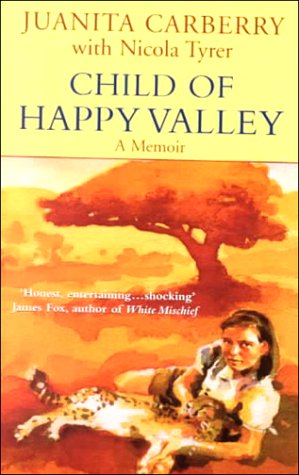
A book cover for Child of Happy Valley; Juanita Carberry; History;